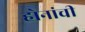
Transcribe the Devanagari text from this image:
होनांची